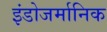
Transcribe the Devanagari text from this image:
इंडोजर्मानिक